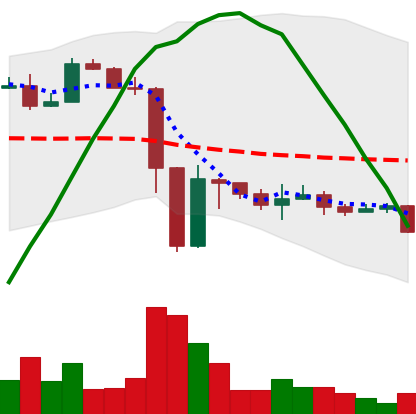
Ticker: ETH-USD
Chart end date: 2022-11-20
Forward return: 4.942%
Label: up_3_5